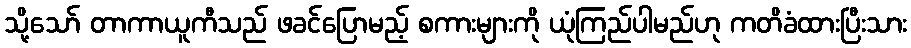
သို့သော် တာကာယူကီသည် ဖခင်ပြောမည့် စကားများကို ယုံကြည်ပါမည်ဟု ကတိခံထားပြီးသား